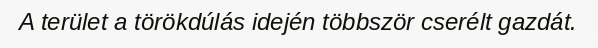
A terület a törökdúlás idején többször cserélt gazdát.